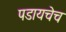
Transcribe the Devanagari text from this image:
पडायचेच